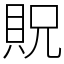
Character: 貺